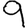
Digit: 9